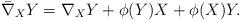
LaTeX: \begin{align*} \bar \nabla_X Y=\nabla_X Y + \phi(Y)X + \phi(X)Y. \end{align*}